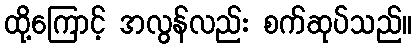
ထို့ကြောင့် အလွန်လည်း စက်ဆုပ်သည်။